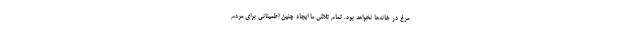
مرغ در خانه‌ها نخواهد بود. تمام تلاش ما ایجاد چنین اطمینانی برای مردم